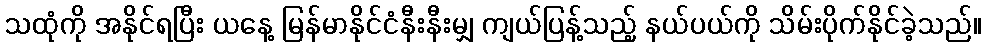
သထုံကို အနိုင်ရပြီး ယနေ့ မြန်မာနိုင်ငံနီးနီးမျှ ကျယ်ပြန့်သည့် နယ်ပယ်ကို သိမ်းပိုက်နိုင်ခဲ့သည်။